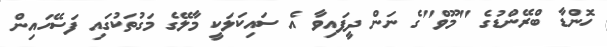
ހޮންޑާ ބްރޭންޑުގެ "މޫވް"ގެ ނަން ދީފައިވާ އެ ސައިކަލަކީ މާލޭގެ މަގުތަކުގައި ފަސޭހައިން